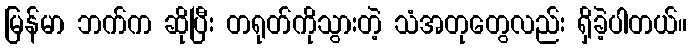
မြန်မာ ဘက်က ဆိုပြီး တရုတ်ကိုသွားတဲ့ သံအတုတွေလည်း ရှိခဲ့ပါတယ်။